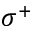
\sigma ^ { + }